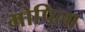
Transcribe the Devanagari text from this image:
मोपिला